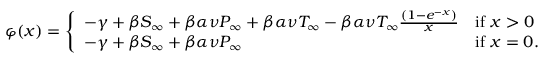
\varphi ( x ) = \left\{ \begin{array} { l l } { - \gamma + \beta S _ { \infty } + \beta \alpha \nu P _ { \infty } + \beta \alpha \nu T _ { \infty } - \beta \alpha \nu T _ { \infty } \frac { ( 1 - e ^ { - x } ) } { x } } & { \mathrm { i f ~ } x > 0 } \\ { - \gamma + \beta S _ { \infty } + \beta \alpha \nu P _ { \infty } } & { \mathrm { i f ~ } x = 0 . } \end{array} \right.